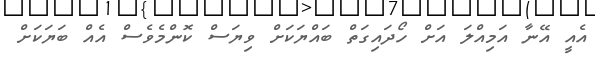
އެއީ އޭނާ އަމިއްލަ އަށް ހޯދައިގަތް ބައްޔަކަށް ވިޔަސް ކޮންމެވެސް އެއް ބަޔަކަށް